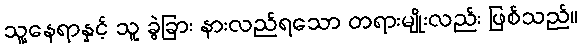
သူ့နေရာနှင့် သူ ခွဲခြား နားလည်ရသော တရားမျိုးလည်း ဖြစ်သည်။